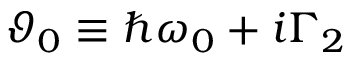
\vartheta _ { 0 } \equiv \hbar \omega _ { 0 } + i \Gamma _ { 2 }